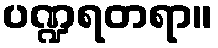
ပဏ္ဍရတရာ။